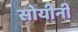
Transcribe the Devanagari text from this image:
सोयीनी